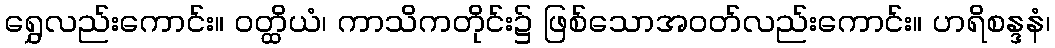
ရွှေလည်းကောင်း။ ဝတ္ထိယံ၊ ကာသိကတိုင်း၌ ဖြစ်သောအဝတ်လည်းကောင်း။ ဟရိစန္ဒနံ၊